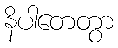
နိပါတေတွာ